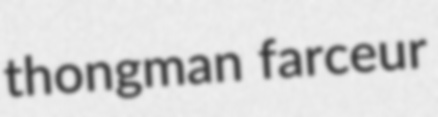
thongman farceur